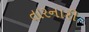
તારનારી